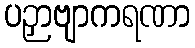
ပဉှာဗျာကရဏာ